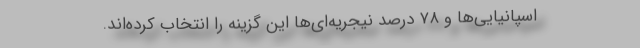
اسپانیایی‌ها و ۷۸ درصد نیجریه‌ای‌ها این گزینه را انتخاب کرده‌اند.